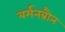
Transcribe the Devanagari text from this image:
बर्मनब्रौन